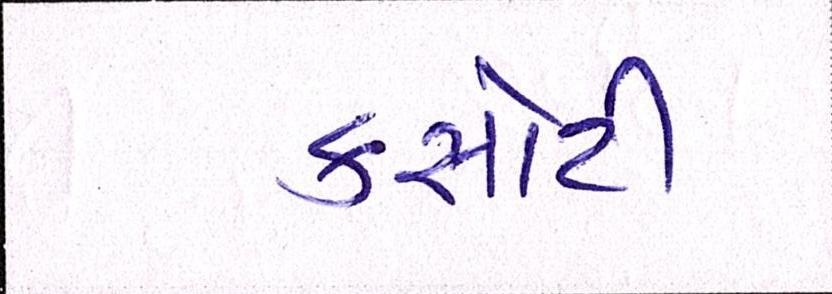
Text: કસોટી